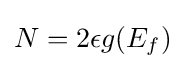
N=2\epsilon g(E_{f})